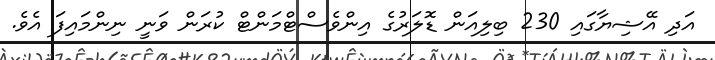
އަދި އޭޝިޔާގައި 230 ބިލިއަން ޑޮލަރުގެ އިންވެސްޓްމަންޓް ކުރަން ވަނީ ނިންމައިފަ އެވެ.